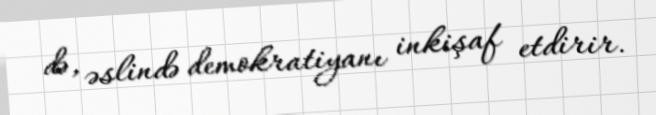
də, əslində demokratiyanı inkişaf etdirir.